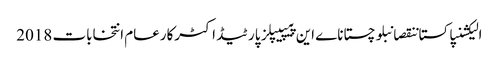
الیکشنپاکستاننقصانبلوچستاناے این پیپیپلز پارٹیڈاکٹرکارعام انتخابات 2018